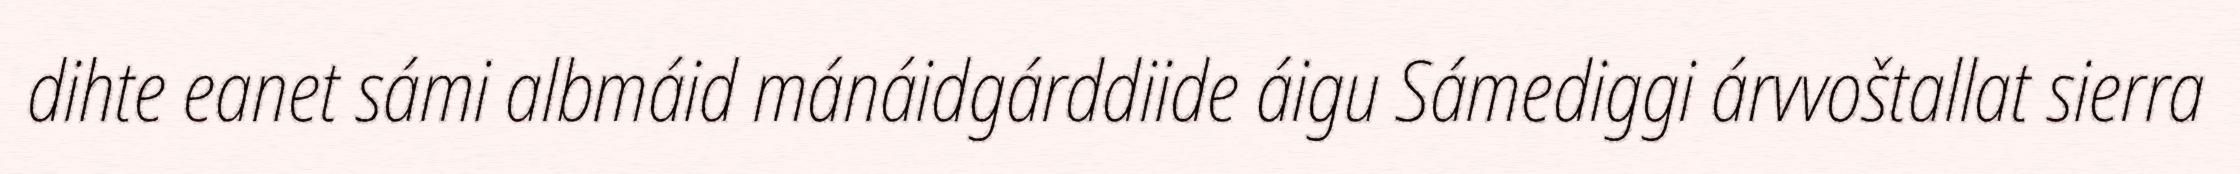
dihte eanet sámi albmáid mánáidgárddiide áigu Sámediggi árvvoštallat sierra